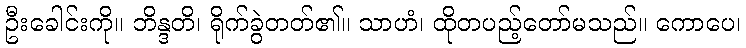
ဦးခေါင်းကို။ ဘိန္ဒတိ၊ ရိုက်ခွဲတတ်၏။ သာဟံ၊ ထိုတပည့်တော်မသည်။ ကောပေ၊